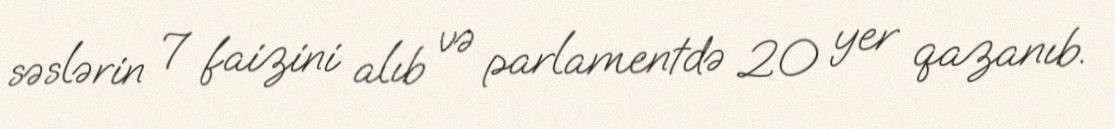
səslərin 7 faizini alıb və parlamentdə 20 yer qazanıb.